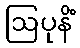
ဩပုနိံ